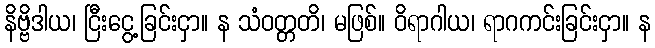
နိဗ္ဗိဒါယ၊ ငြီးငွေ့ခြင်းငှာ။ န သံဝတ္တတိ၊ မဖြစ်။ ဝိရာဂါယ၊ ရာဂကင်းခြင်းငှာ။ န